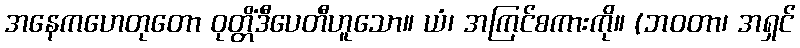
အနေကဟေတုတော ဝုတ္တိံဒီပေတီဟူသော။ ယံ၊ အကြင်စကားကို။ (ဘဝတာ၊ အရှင်